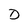
Character: D